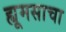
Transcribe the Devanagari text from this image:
ह्यूमसाचा